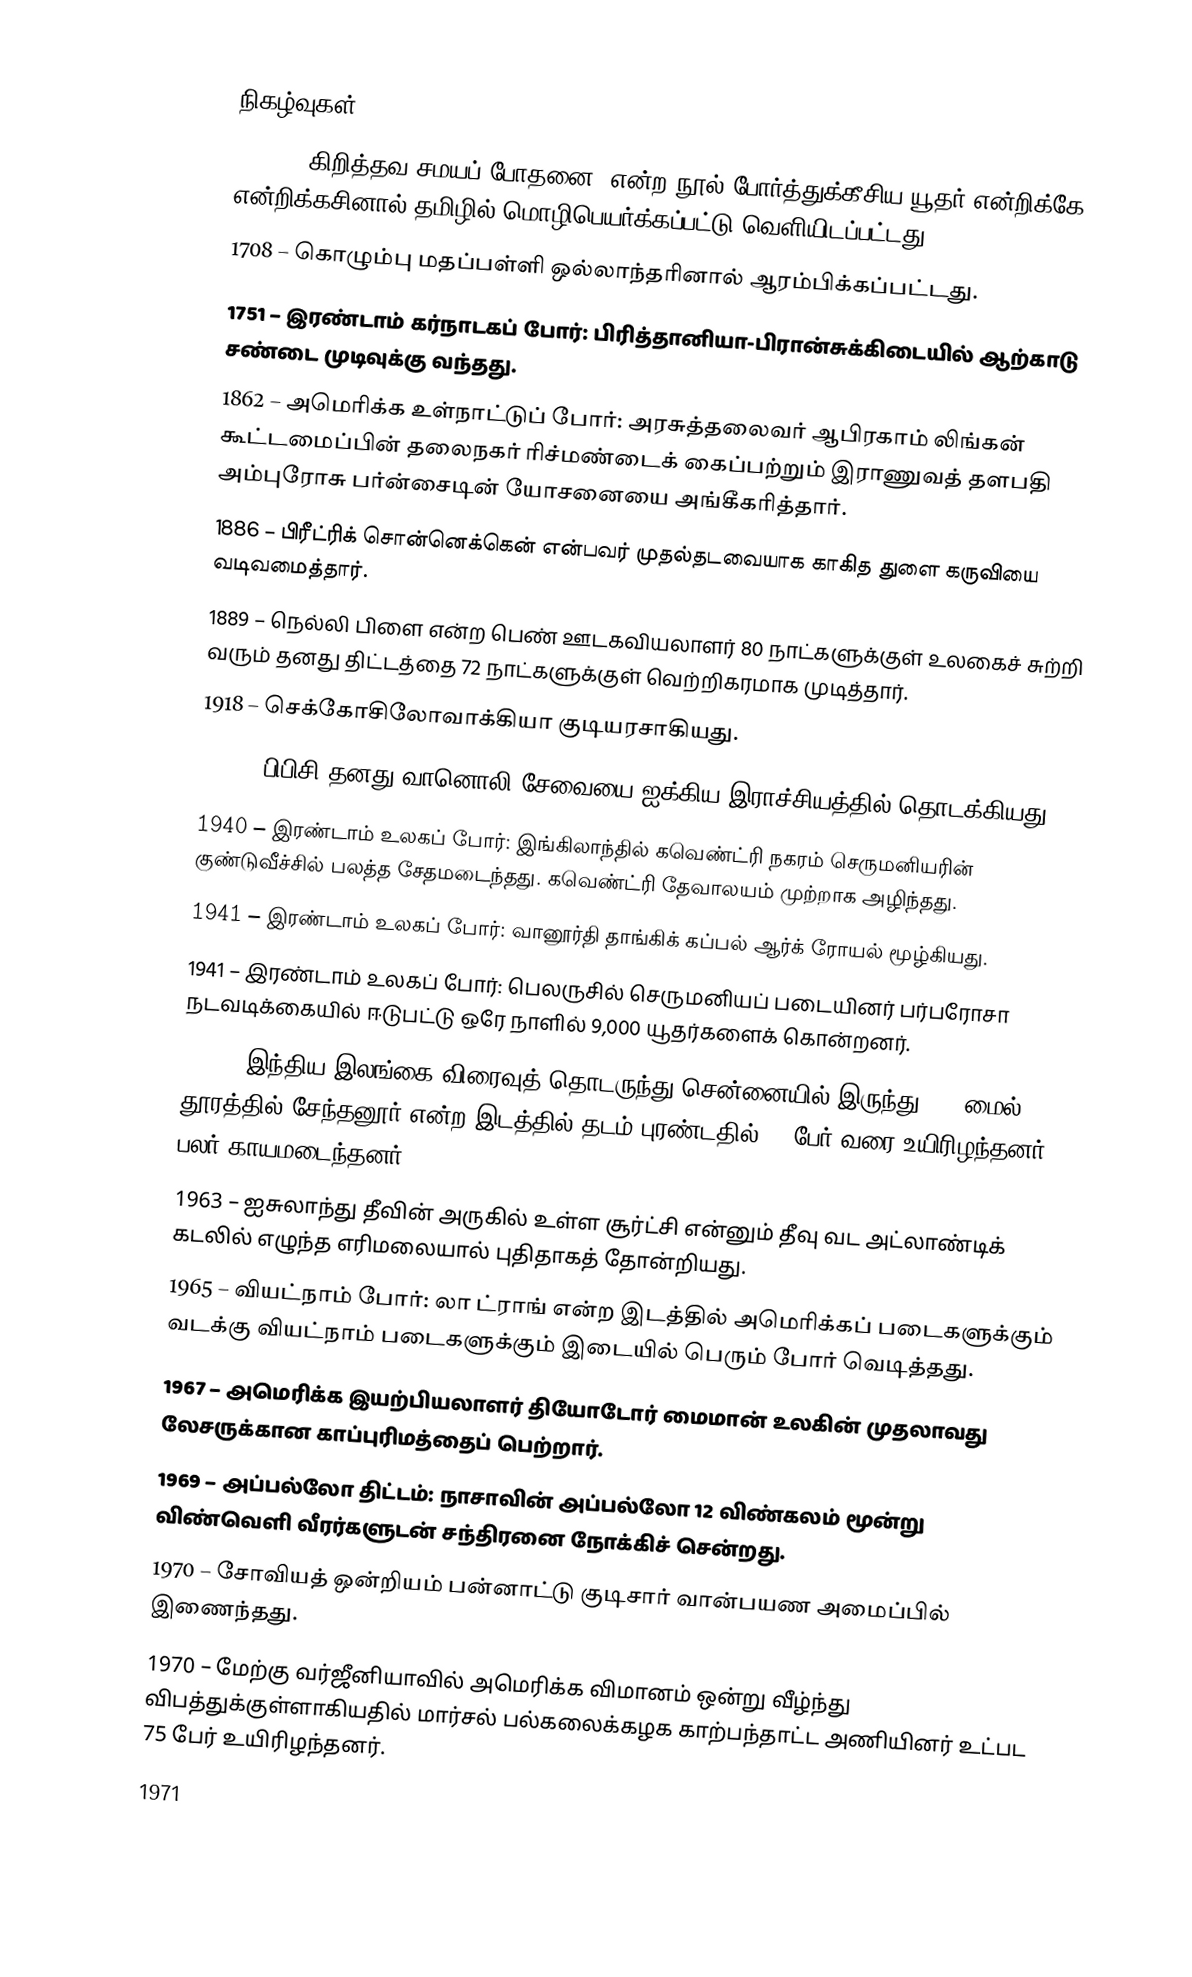

நிகழ்வுகள்
1579 – "கிறித்தவ சமயப் போதனை" என்ற நூல் போர்த்துக்கீசிய யூதர் என்றிக்கே என்றிக்கசினால் தமிழில் மொழிபெயர்க்கப்பட்டு வெளியிடப்பட்டது.
1708 – கொழும்பு மதப்பள்ளி ஒல்லாந்தரினால் ஆரம்பிக்கப்பட்டது.
1751 – இரண்டாம் கர்நாடகப் போர்: பிரித்தானியா-பிரான்சுக்கிடையில் ஆற்காடு சண்டை முடிவுக்கு வந்தது.
1862 – அமெரிக்க உள்நாட்டுப் போர்: அரசுத்தலைவர் ஆபிரகாம் லிங்கன் கூட்டமைப்பின் தலைநகர் ரிச்மண்டைக் கைப்பற்றும் இராணுவத் தளபதி அம்புரோசு பர்ன்சைடின் யோசனையை அங்கீகரித்தார்.
1886 – பிரீட்ரிக் சொன்னெக்கென் என்பவர் முதல்தடவையாக காகித துளை கருவியை வடிவமைத்தார்.
1889 – நெல்லி பிளை என்ற பெண் ஊடகவியலாளர் 80 நாட்களுக்குள் உலகைச் சுற்றி வரும் தனது திட்டத்தை 72 நாட்களுக்குள் வெற்றிகரமாக முடித்தார்.
1918 – செக்கோசிலோவாக்கியா குடியரசாகியது.
1922 – பிபிசி தனது வானொலி சேவையை ஐக்கிய இராச்சியத்தில் தொடக்கியது.
1940 – இரண்டாம் உலகப் போர்: இங்கிலாந்தில் கவெண்ட்ரி நகரம் செருமனியரின் குண்டுவீச்சில் பலத்த சேதமடைந்தது. கவெண்ட்ரி தேவாலயம் முற்றாக அழிந்தது.
1941 – இரண்டாம் உலகப் போர்: வானூர்தி தாங்கிக் கப்பல் ஆர்க் ரோயல் மூழ்கியது.
1941 – இரண்டாம் உலகப் போர்: பெலருசில் செருமனியப் படையினர் பர்பரோசா நடவடிக்கையில் ஈடுபட்டு ஒரே நாளில் 9,000 யூதர்களைக் கொன்றனர்.
1943 – இந்திய-இலங்கை விரைவுத் தொடருந்து சென்னையில் இருந்து 100 மைல் தூரத்தில் சேந்தனூர் என்ற இடத்தில் தடம் புரண்டதில் 30 பேர் வரை உயிரிழந்தனர், பலர் காயமடைந்தனர்.
1963 – ஐசுலாந்து தீவின் அருகில் உள்ள சூர்ட்சி என்னும் தீவு வட அட்லாண்டிக் கடலில் எழுந்த எரிமலையால் புதிதாகத் தோன்றியது.
1965 – வியட்நாம் போர்: லா ட்ராங் என்ற இடத்தில் அமெரிக்கப் படைகளுக்கும் வடக்கு வியட்நாம் படைகளுக்கும் இடையில் பெரும் போர் வெடித்தது.
1967 – அமெரிக்க இயற்பியலாளர் தியோடோர் மைமான் உலகின் முதலாவது லேசருக்கான  காப்புரிமத்தைப் பெற்றார்.
1969 – அப்பல்லோ திட்டம்: நாசாவின் அப்பல்லோ 12 விண்கலம் மூன்று விண்வெளி வீரர்களுடன் சந்திரனை நோக்கிச் சென்றது.
1970 – சோவியத் ஒன்றியம் பன்னாட்டு குடிசார் வான்பயண அமைப்பில் இணைந்தது.
1970 – மேற்கு வர்ஜீனியாவில் அமெரிக்க விமானம் ஒன்று வீழ்ந்து விபத்துக்குள்ளாகியதில் மார்சல் பல்கலைக்கழக காற்பந்தாட்ட அணியினர் உட்பட 75 பேர் உயிரிழந்தனர்.
1971